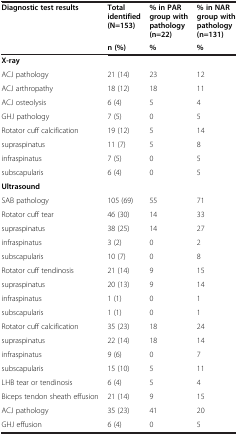
<table><thead><tr><td><b>Diagnostic test results</b></td><td><b>Total identified (N=153)</b></td><td><b>% in PAR group with pathology (n=22)</b></td><td><b>% in NAR group with pathology (n=131)</b></td></tr><tr><td><b> </b></td><td><b>n (%)</b></td><td><b>%</b></td><td><b>%</b></td></tr></thead><tbody><tr><td><b>X-ray</b></td><td> </td><td> </td><td> </td></tr><tr><td>ACJ pathology</td><td>21 (14)</td><td>23</td><td>12</td></tr><tr><td>ACJ arthropathy</td><td>18 (12)</td><td>18</td><td>11</td></tr><tr><td>ACJ osteolysis</td><td>6 (4)</td><td>5</td><td>4</td></tr><tr><td>GHJ pathology</td><td>7 (5)</td><td>0</td><td>5</td></tr><tr><td>Rotator cuff calcification</td><td>19 (12)</td><td>5</td><td>14</td></tr><tr><td>supraspinatus</td><td>11 (7)</td><td>5</td><td>8</td></tr><tr><td>infraspinatus</td><td>7 (5)</td><td>0</td><td>5</td></tr><tr><td>subscapularis</td><td>6 (4)</td><td>0</td><td>5</td></tr><tr><td><b>Ultrasound</b></td><td> </td><td> </td><td> </td></tr><tr><td>SAB pathology</td><td>105 (69)</td><td>55</td><td>71</td></tr><tr><td>Rotator cuff tear</td><td>46 (30)</td><td>14</td><td>33</td></tr><tr><td>supraspinatus</td><td>38 (25)</td><td>14</td><td>27</td></tr><tr><td>infraspinatus</td><td>3 (2)</td><td>0</td><td>2</td></tr><tr><td>subscapularis</td><td>10 (7)</td><td>0</td><td>8</td></tr><tr><td>Rotator cuff tendinosis</td><td>21 (14)</td><td>9</td><td>15</td></tr><tr><td>supraspinatus</td><td>20 (13)</td><td>9</td><td>14</td></tr><tr><td>infraspinatus</td><td>1 (1)</td><td>0</td><td>1</td></tr><tr><td>subscapularis</td><td>1 (1)</td><td>0</td><td>1</td></tr><tr><td>Rotator cuff calcification</td><td>35 (23)</td><td>18</td><td>24</td></tr><tr><td>supraspinatus</td><td>22 (14)</td><td>18</td><td>14</td></tr><tr><td>infraspinatus</td><td>9 (6)</td><td>0</td><td>7</td></tr><tr><td>subscapularis</td><td>15 (10)</td><td>5</td><td>11</td></tr><tr><td>LHB tear or tendinosis</td><td>6 (4)</td><td>5</td><td>4</td></tr><tr><td>Biceps tendon sheath effusion</td><td>21 (14)</td><td>9</td><td>15</td></tr><tr><td>ACJ pathology</td><td>35 (23)</td><td>41</td><td>20</td></tr><tr><td>GHJ effusion</td><td>6 (4)</td><td>0</td><td>5</td></tr></tbody></table>